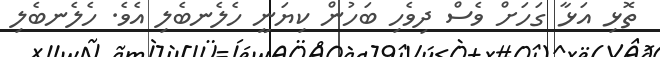
ތޮޅި އަޅާ ގަހަށް ވެސް ދިވެހި ބަހުން ކިޔަނީ ހެލެނބެލި އެވެ. ހެލެނބެލި